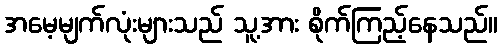
အမေ့မျက်လုံးများသည် သူ့အား စိုက်ကြည့်နေသည်။